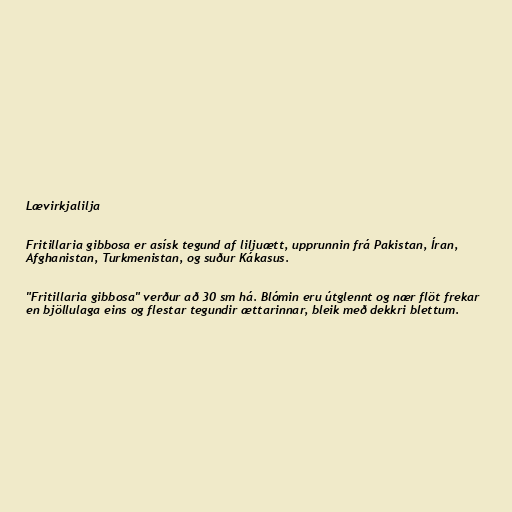
Lævirkjalilja

Fritillaria gibbosa er asísk tegund af liljuætt, upprunnin frá Pakistan, Íran,
Afghanistan, Turkmenistan, og suður Kákasus.

"Fritillaria gibbosa" verður að 30 sm há. Blómin eru útglennt og nær flöt frekar
en bjöllulaga eins og flestar tegundir ættarinnar, bleik með dekkri blettum.